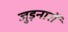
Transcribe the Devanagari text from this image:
जुड़नारों